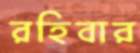
রহিবার